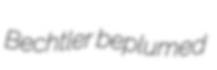
Bechtler beplumed